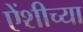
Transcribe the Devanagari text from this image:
एेंशीच्या